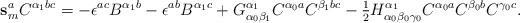
LaTeX: \begin{align*}\mathbf{s}_m^a C^{\alpha_1 bc} =- \epsilon^{ac} B^{\alpha_1 b} - \epsilon^{ab} B^{\alpha_1 c} + G^{\alpha_1}_{\alpha_0 \beta_1} C^{\alpha_0 a} C^{\beta_1 bc} -\hbox{$\frac{1}{2}$} H^{\alpha_1}_{\alpha_0 \beta_0 \gamma_0}C^{\alpha_0 a} C^{\beta_0 b} C^{\gamma_0 c}.\end{align*}